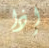
إذا